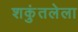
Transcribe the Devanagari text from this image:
शकुंतलेला